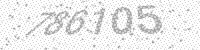
Solution: 786105